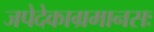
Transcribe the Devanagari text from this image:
जपेदेकाग्रमानसः